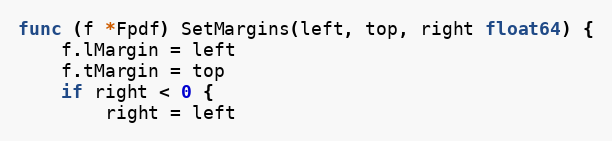
Language: Go
func (f *Fpdf) SetMargins(left, top, right float64) {
	f.lMargin = left
	f.tMargin = top
	if right < 0 {
		right = left